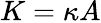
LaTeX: K=\kappa A